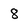
Character: 8